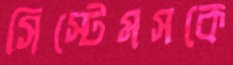
সিস্টেমসকে